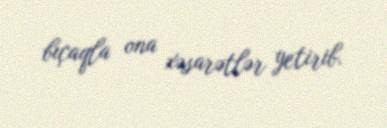
bıçaqla ona xəsarətlər yetirib.